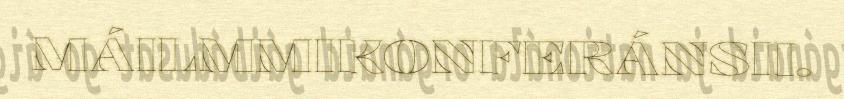
MÁILMMIKONFERÁNSII.